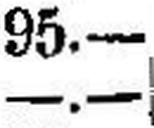
—.—